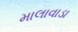
માલાવાડા